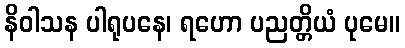
နိဝါသန ပါရုပနေ၊ ရဟော ပညတ္တိယံ ပုမေ။